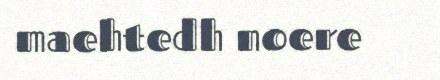
maehtedh noere